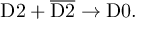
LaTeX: \mathrm { D } 2 + \overline { { { \mathrm { D } 2 } } } \rightarrow \mathrm { D } 0 .